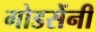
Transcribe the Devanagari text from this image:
गोडसेंनी